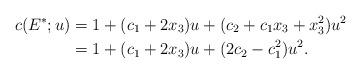
LaTeX: \begin{align*} c(E^*;u) &= 1 + (c_1+2x_3)u + (c_2 + c_1 x_3 + x_3^2)u^2 \\ &= 1 + (c_1+2x_3)u + (2c_2-c_1^2)u^2.\end{align*}